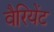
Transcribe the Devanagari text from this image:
वैरियेंट